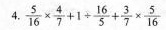
4. $$\frac{5}{16} \times \frac{4}{7} + 1 \div \frac{16}{5} + \frac{3}{7} \times \frac{5}{16}$$